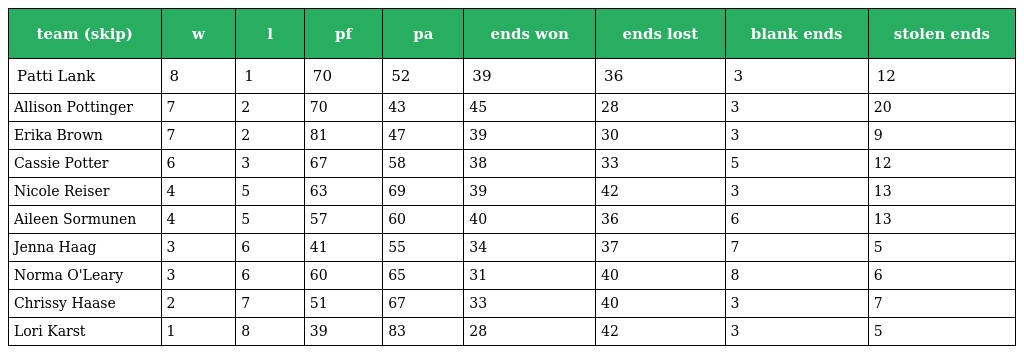
| team (skip) | w | l | pf | pa | ends won | ends lost | blank ends | stolen ends |
 | --- | --- | --- | --- | --- | --- | --- | --- | --- |
 | Patti Lank | 8 | 1 | 70 | 52 | 39 | 36 | 3 | 12 |
 | Allison Pottinger | 7 | 2 | 70 | 43 | 45 | 28 | 3 | 20 |
 | Erika Brown | 7 | 2 | 81 | 47 | 39 | 30 | 3 | 9 |
 | Cassie Potter | 6 | 3 | 67 | 58 | 38 | 33 | 5 | 12 |
 | Nicole Reiser | 4 | 5 | 63 | 69 | 39 | 42 | 3 | 13 |
 | Aileen Sormunen | 4 | 5 | 57 | 60 | 40 | 36 | 6 | 13 |
 | Jenna Haag | 3 | 6 | 41 | 55 | 34 | 37 | 7 | 5 |
 | Norma O'Leary | 3 | 6 | 60 | 65 | 31 | 40 | 8 | 6 |
 | Chrissy Haase | 2 | 7 | 51 | 67 | 33 | 40 | 3 | 7 |
 | Lori Karst | 1 | 8 | 39 | 83 | 28 | 42 | 3 | 5 |